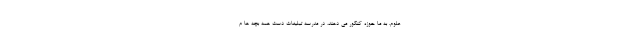
علوم. به ما حوزه کنکور می دهند، در مدرسه تبلیغات دست همه بچه ها م